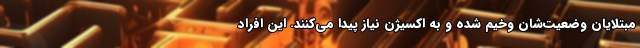
مبتلایان وضعیت‌شان وخیم شده و به اکسیژن نیاز پیدا می‌کنند. این افراد